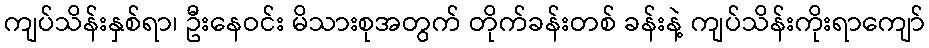
ကျပ်သိန်းနှစ်ရာ၊ ဦးနေဝင်း မိသားစုအတွက် တိုက်ခန်းတစ် ခန်းနဲ့ ကျပ်သိန်းကိုးရာကျော်